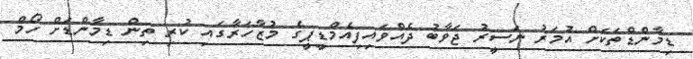
ޑިމާންޑްތަކަށް އުމަރު ނަސީރު ޖަވާބު ދެއްވައިފިއެމްޑީޕީގެ މުޒާހަރާގައި ކުރި ތިން ޑިމާންޑަށް ހޯމް